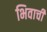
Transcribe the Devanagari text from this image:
भिवाची